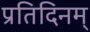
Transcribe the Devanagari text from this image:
प्रतिदिनम्‌